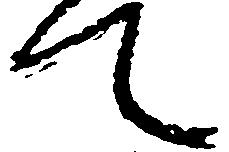
て